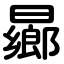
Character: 曏